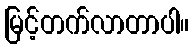
မြင့်တက်လာတာပါ။